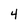
Character: 4